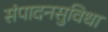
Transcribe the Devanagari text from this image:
संपादनसुविधा